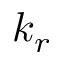
k _ { r }